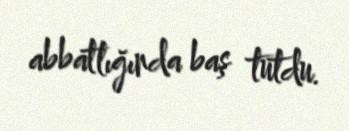
abbatlığında baş tutdu.